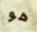
هو